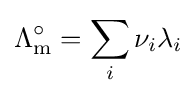
\Lambda _{\text{m}}^{\circ }=\sum _{i}\nu _{i}\lambda _{i}